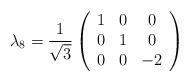
LaTeX: \begin{align*}\lambda_{8}=\frac{1}{\sqrt{3}}\left(\begin{array}[c]{ccc}1 & 0 & 0\\0 & 1 & 0\\0 & 0 & -2\end{array}\right)\end{align*}